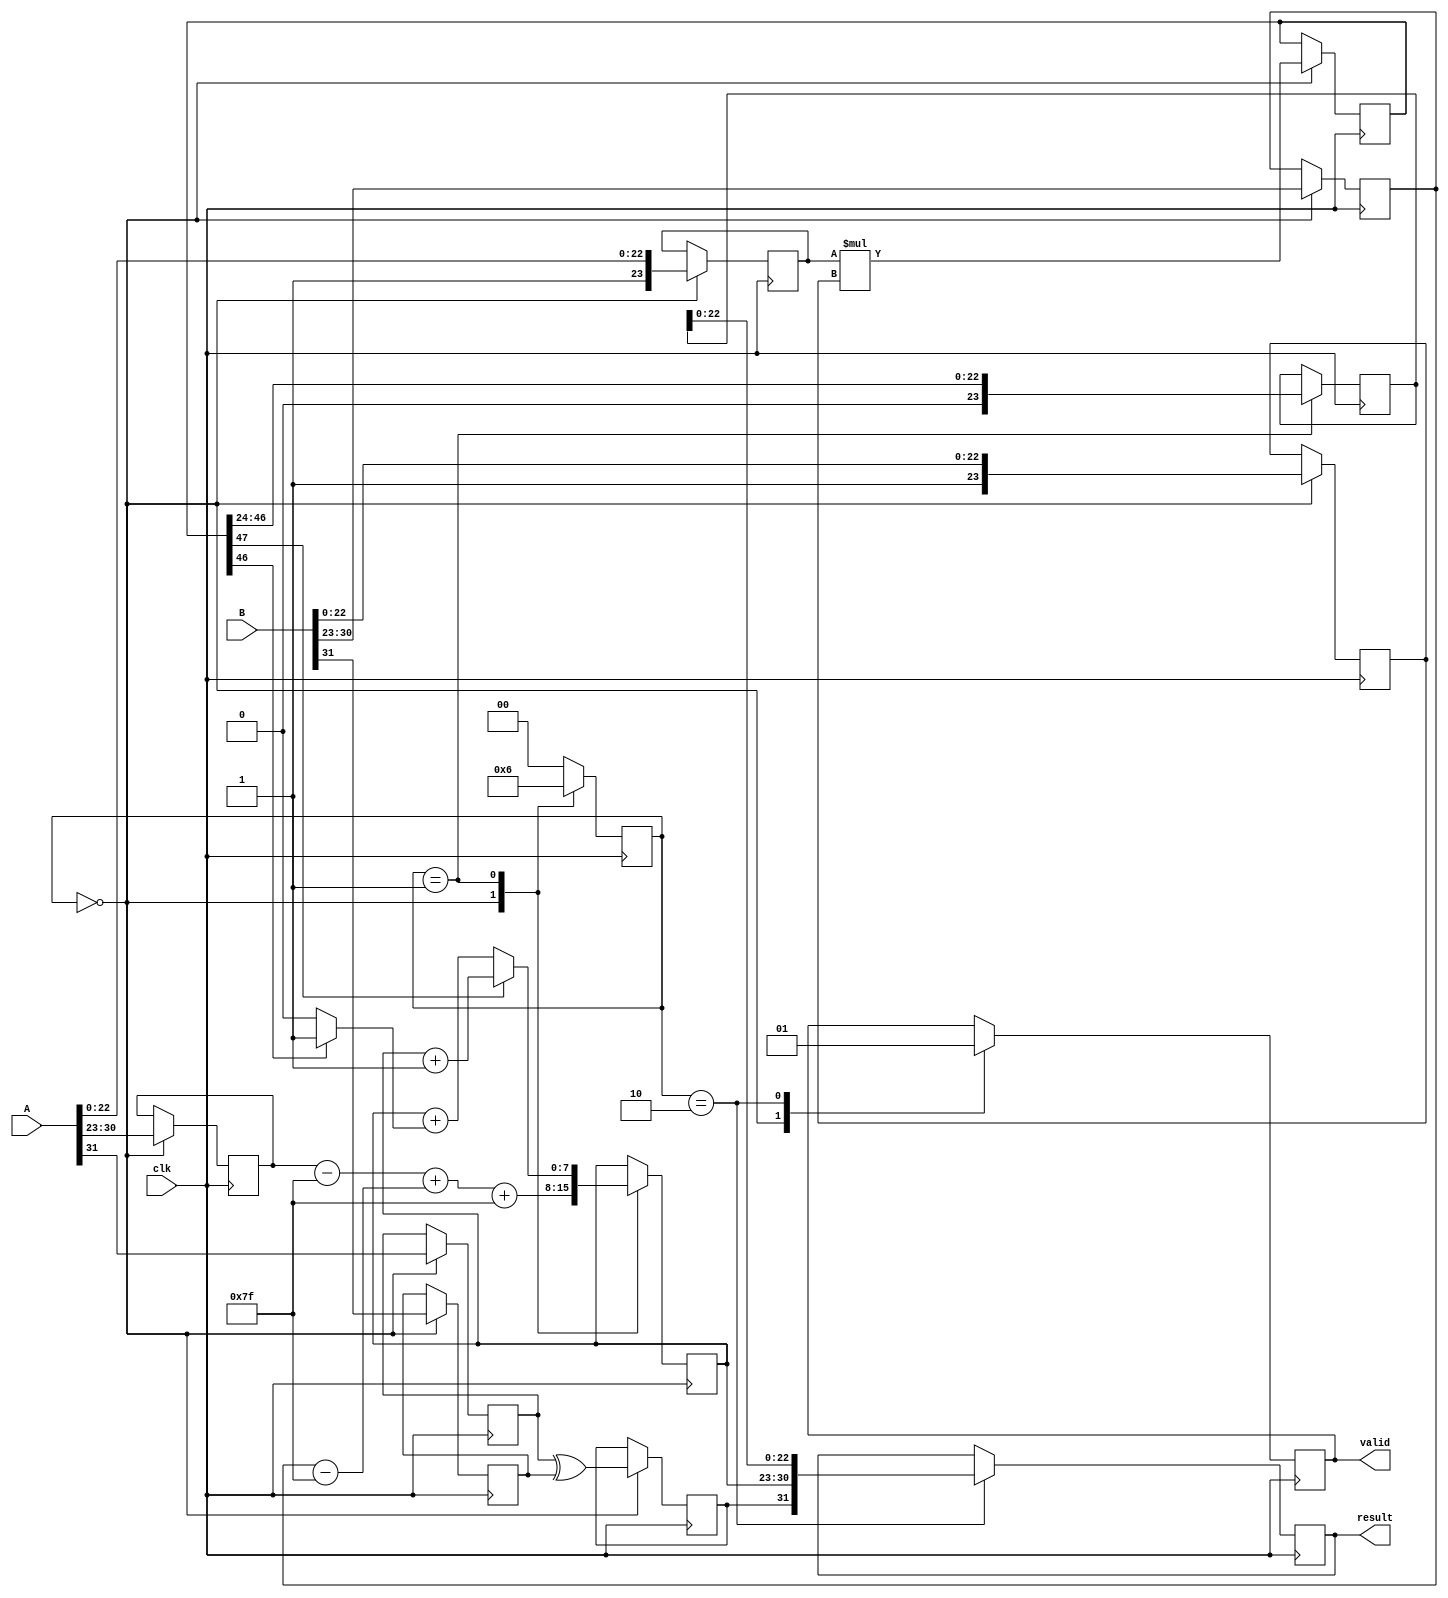
module radix4_fp_multiplier (
    input clk,
    input [31:0] A,     // IEEE 754 single-precision floating-point number
    input [31:0] B,     // IEEE 754 single-precision floating-point number
    output reg [31:0] result, // IEEE 754 single-precision floating-point result
    output reg valid // Signal to indicate that the result is valid
);
    // Intermediate signals
    reg sign_A, sign_B, sign_result;
    reg [7:0] exp_A, exp_B, exp_result;
    reg [23:0] mantissa_A, mantissa_B, mantissa_result;
    reg [47:0] prod_mantissa; // For intermediate product which could be larger

    // Parameter for bias 
    parameter bias = 127;

    // Control signals
    reg [1:0] state;
    
    // State definitions
    localparam IDLE = 2'b00, CALC = 2'b01, DONE = 2'b10;

    always @(posedge clk) begin
        case (state)
            IDLE: begin
                // Extract fields for A and B
                sign_A <= A[31];
                exp_A <= A[30:23];
                mantissa_A <= {1'b1, A[22:0]}; // Add implicit leading 1
                
                sign_B <= B[31];
                exp_B <= B[30:23];
                mantissa_B <= {1'b1, B[22:0]}; // Add implicit leading 1
                
                // Calculate the sign of the result
                sign_result <= sign_A ^ sign_B;
                
                // Calculate exponent (subtract bias, add)
                exp_result <= (exp_A - bias) + (exp_B - bias) + bias;
                
                // Initialize partial product accumulator
                prod_mantissa <= mantissa_A * mantissa_B;

                state <= CALC;
                valid <= 0; // Result not ready
            end
            
            CALC: begin
                // Perform normalization & follow the radix-4 booth algorithm
                
                // Placeholder for partial product summing (naive implementation, see note)
                // Ideally you would implement the radix-4 booth here, we are simplifying
                mantissa_result <= prod_mantissa[47:24]; // Truncate to fit into mantissa
                exp_result <= exp_result + (prod_mantissa[46] ? 1 : 0); // Adjust based on overflow

                // Check for normalization (Shift left if necessary)
                if (prod_mantissa[47]) begin
                    mantissa_result <= prod_mantissa[46:24]; // Shift right
                    exp_result <= exp_result + 1; // Adjust exponent
                end
                
                state <= DONE;
            end
            
            DONE: begin
                // Assembling the final result
                result <= {sign_result, exp_result[7:0], mantissa_result[22:0]};
                valid <= 1; // Indicate result is ready
                state <= IDLE; // Return to IDLE for next operation
            end

            default: state <= IDLE;
        endcase
    end
endmodule